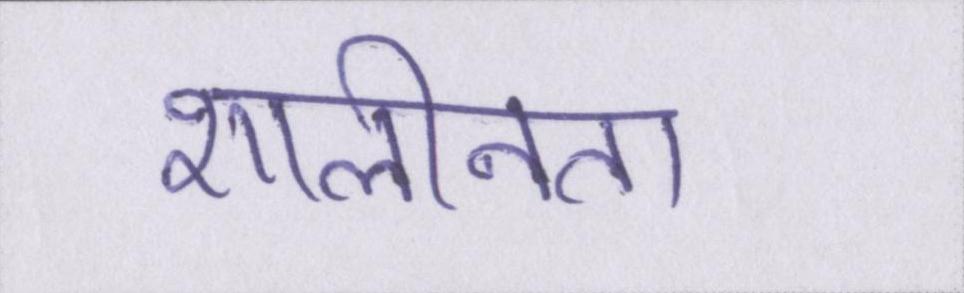
शालीनता